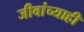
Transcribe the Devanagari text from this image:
जीवांच्याही